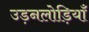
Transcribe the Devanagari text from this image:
उड़नलोड़ियाँ